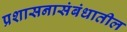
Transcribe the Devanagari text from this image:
प्रशासनासंबंधातील